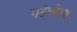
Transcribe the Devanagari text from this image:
गउंलीआ